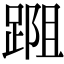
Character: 𨂀